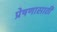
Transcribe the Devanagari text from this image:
प्रेषणासाठी